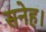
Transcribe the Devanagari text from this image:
सनेह।